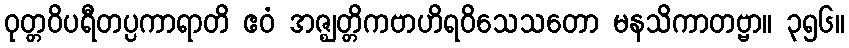
ဝုတ္တဝိပရီတပ္ပကာရာတိ ဧဝံ အဇ္ဈတ္တိကဗာဟိရဝိသေသတော မနသိကာတဗ္ဗာ။ ၃၅၆။